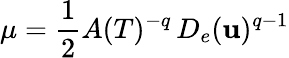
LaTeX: \mu=\frac 12A(T)^{-q}\, D_{e}(\mathbf u)^{q-1}